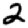
Digit: 2